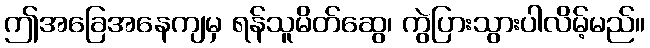
ဤအခြေအနေကျမှ ရန်သူမိတ်ဆွေ၊ ကွဲပြားသွားပါလိမ့်မည်။